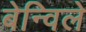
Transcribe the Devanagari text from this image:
बेन्विले